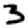
Digit: 3